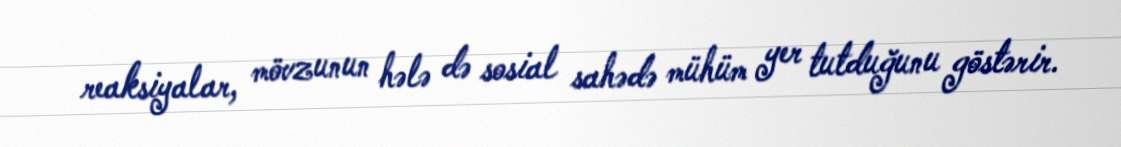
reaksiyalar, mövzunun hələ də sosial sahədə mühüm yer tutduğunu göstərir.